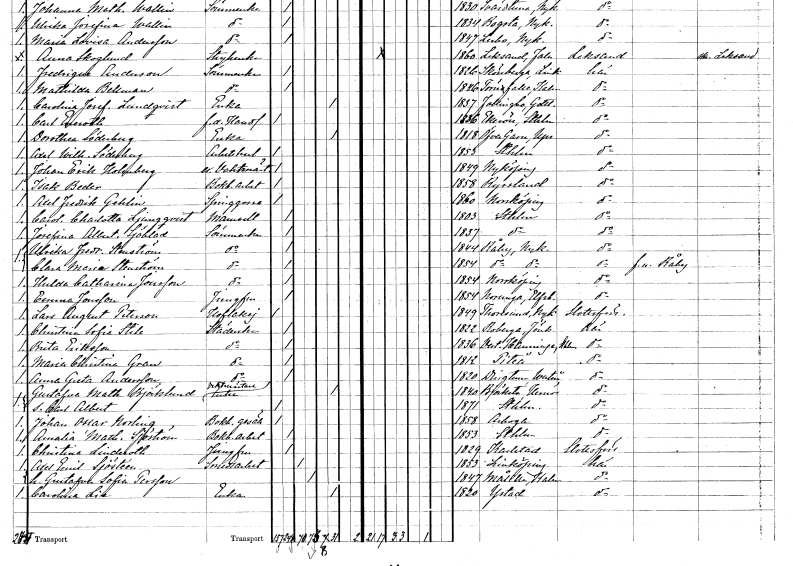
gt_parse: households: individuals: FN: Axel Fredrik
EN: Gehlin
YRKE: Springgosse
KON: M
CIV: O
FODAR: 1860
FODFORS: Norrköping Östergötlands län
FN: Carolina Charlotta
EN: Ljungqvist
KON: K
CIV: O
FODAR: 1803
FODFORS: Stockholm
FN: Josefina Albertina
EN: Sjöblad
YRKE: Sömmerska
KON: K
CIV: O
FODAR: 1837
FODFORS: Stockholm
FN: Ulrika Fredrika
EN: Stenström
YRKE: Sömmerska
KON: K
CIV: O
FODAR: 1844
FODFORS: Råby-Rönö Södermanlands län
FN: Clara Maria
EN: Stenström
YRKE: Sömmerska
KON: K
CIV: O
FODAR: 1854
FODFORS: Råby-Rönö Södermanlands län
FN: Hulda Catharina
EN: Jonsson
YRKE: Sömmerska
KON: K
CIV: O
FODAR: 1854
FODFORS: Norrköping Östergötlands län
FN: Emma
EN: Jonsson
YRKE: Jungfru
KON: K
CIV: O
FODAR: 1854
FODFORS: Norunga Älvsborgs län
FN: Lars August
EN: Peterson
YRKE: Hovlakej
KON: M
CIV: O
FODAR: 1849
FODFORS: Toresund Södermanlands län
FN: Christina Sofie
EN: Stile
YRKE: Städerska
KON: K
CIV: O
FODAR: 1822
FODFORS: Rogberga Jönköpings län
FN: Brita
EN: Eriksson
YRKE: Städerska
KON: K
CIV: O
FODAR: 1836
FODFORS: Västerhaninge Stockholms län
FN: Maria Christina
EN: Gran
YRKE: Städerska
KON: K
CIV: O
FODAR: 1812
FODFORS: Piteå Norrbottens län
FN: Anna Greta
EN: Andersson
YRKE: Städerska
KON: K
CIV: O
FODAR: 1820
FODFORS: Dingtuna Västmanlands län
FN: Gustafva Mathilda
EN: Björklund
YRKE: Vaktmästareänka
KON: K
CIV: E
FODAR: 1840
FODFORS: Björksta Västmanlands län
FN: Carl Albert
KON: M
CIV: O
FODAR: 1871
FODFORS: Stockholm
FN: Johan Oscar
EN: Norling
YRKE: Bokbindaregesäll
KON: M
CIV: O
FODAR: 1858
FODFORS: Arboga Västmanlands län
FN: Amalia Mathilda
EN: Sjöström
YRKE: Bokbinderiarbeterska
KON: K
CIV: O
FODAR: 1853
FODFORS: Stockholm
FN: Christina
EN: Linderoth
YRKE: Jungfru
KON: K
CIV: O
FODAR: 1829
FODFORS: Karlstad Värmlands län
FN: Axel Emil
EN: Sjösteén
YRKE: Smedsarbetare
KON: M
CIV: G
FODAR: 1853
FODFORS: Linköping Östergötlands län
FN: Gustafva Sofia
EN: Persson
KON: K
CIV: G
FODAR: 1847
FODFORS: Målilla med Gårdveda Kalmar län
FN: Carolina
EN: Lie
YRKE: Änka
KON: K
CIV: E
FODAR: 1820
FODFORS: Ystad Malmöhus län